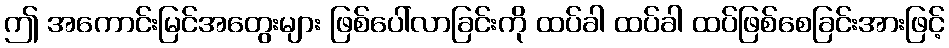
ဤ အကောင်းမြင်အတွေးများ ဖြစ်ပေါ်လာခြင်းကို ထပ်ခါ ထပ်ခါ ထပ်ဖြစ်စေခြင်းအားဖြင့်